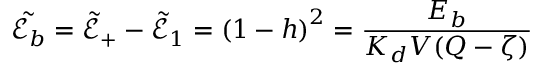
\tilde { \mathcal { E } _ { b } } = \tilde { \mathcal { E } } _ { + } - \tilde { \mathcal { E } } _ { 1 } = \left( 1 - h \right) ^ { 2 } = \frac { E _ { b } } { K _ { d } V ( Q - \zeta ) }